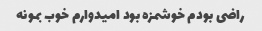
راضی بودم خوشمزه بود امیدوارم خوب بمونه